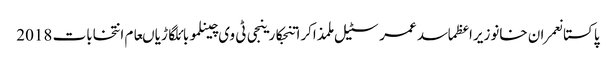
پاکستانعمران خانوزیراعظماسد عمرسٹیل ملمذاکراتنجکارینجی ٹی وی چینلموبائلگاڑیاںعام انتخابات 2018